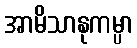
အာမိသာနုကမ္ပာ